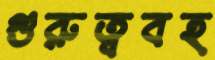
গুরুত্ববহ